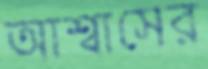
আশ্বাসের